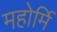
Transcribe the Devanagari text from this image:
महोर्मि